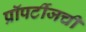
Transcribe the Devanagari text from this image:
प्रॉपर्टीजची